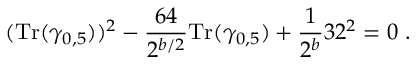
( { \mathrm { T r } } ( \gamma _ { 0 , 5 } ) ) ^ { 2 } - { \frac { 6 4 } { 2 ^ { b / 2 } } } { \mathrm { T r } } ( \gamma _ { 0 , 5 } ) + { \frac { 1 } { 2 ^ { b } } } 3 2 ^ { 2 } = 0 ~ .